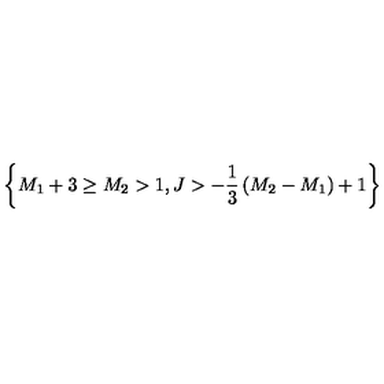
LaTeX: \left\{ M _ { 1 } + 3 \ge M _ { 2 } > 1 , J > - { \frac { 1 } { 3 } } \left( M _ { 2 } - M _ { 1 } \right) + 1 \right\}